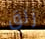
زلق